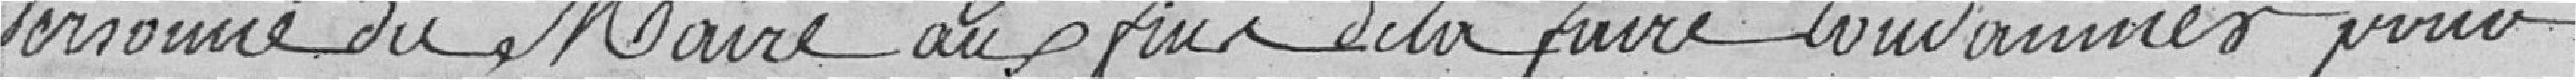
personne du Maire aux fins de la faire condamner pour